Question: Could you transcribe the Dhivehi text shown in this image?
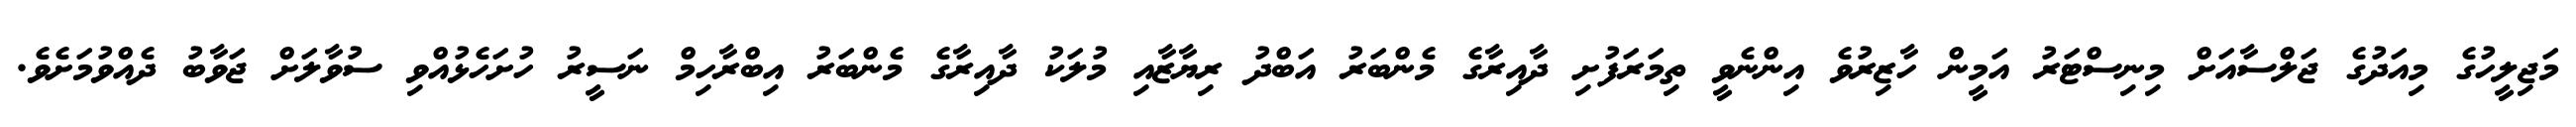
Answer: މަޖިލީހުގެ މިއަދުގެ ޖަލްސާއަށް މިނިސްޓަރު އަމީން ހާޒިރުވެ އިންނެވީ ތިމަރަފުށި ދާއިރާގެ މެންބަރު އަބްދު ރިޔާޒާއި މުލަކު ދާއިރާގެ މެންބަރު އިބްރާހިމް ނަސީރު ހުށަހެޅުއްވި ސުވާލަށް ޖަވާބު ދެއްވުމަށެވެ.